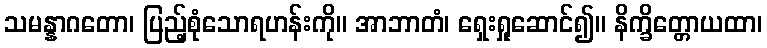
သမန္နာဂတော၊ ပြည့်စုံသောရဟန်းကို။ အာဘာတံ၊ ရှေးရှုဆောင်၍။ နိက္ခိတ္တောယထာ၊